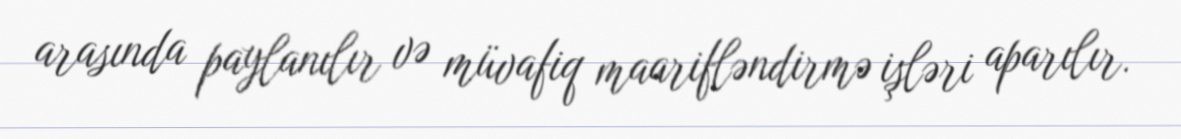
arasında paylanılır və müvafiq maarifləndirmə işləri aparılır.